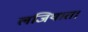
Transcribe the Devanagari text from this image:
लजियात।